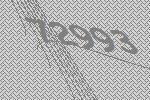
72993